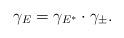
LaTeX: \begin{align*} \gamma_{E} = \gamma_{E^*} \cdot \gamma_\pm. \end{align*}